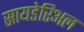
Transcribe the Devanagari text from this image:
सायडेरिअल